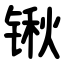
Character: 锹